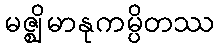
မဇ္ဈိမာနုကမ္ပိတဿ